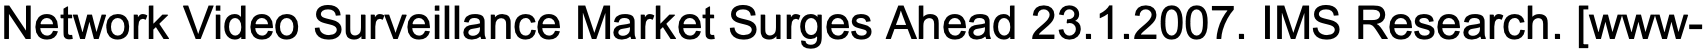
Network Video Surveillance Market Surges Ahead 23.1.2007. IMS Research. [www-